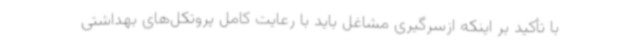
با تأکید بر اینکه ازسرگیری مشاغل باید با رعایت کامل پروتکل‌های بهداشتی